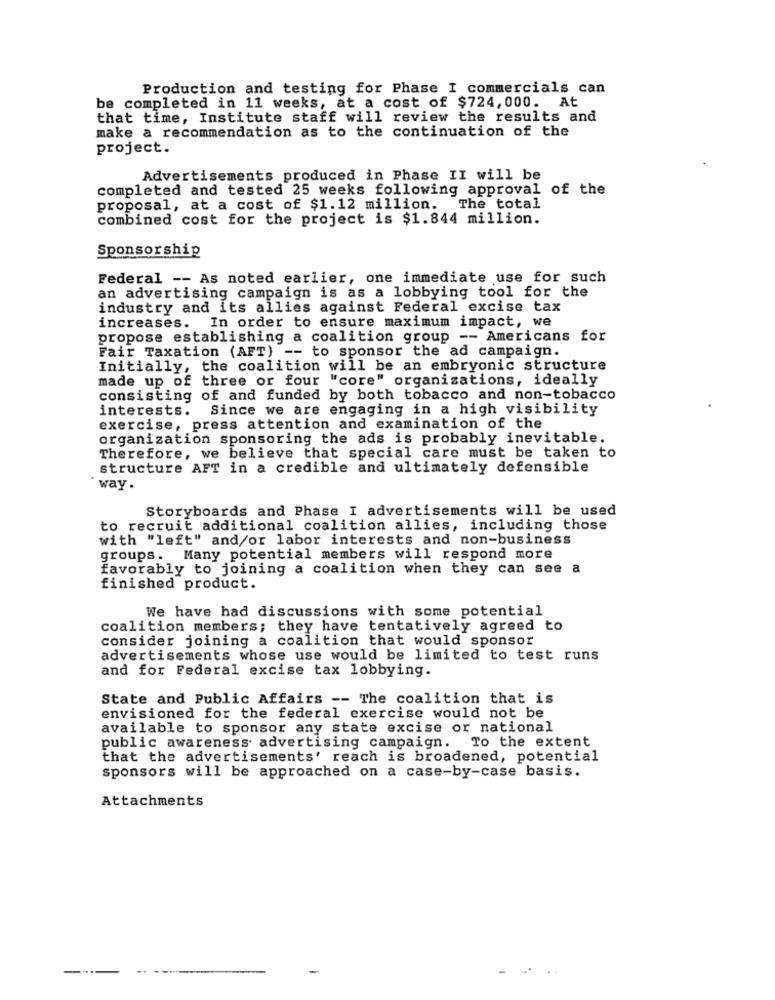
Production and testing for Phase I commercials can
be completed in 11 weeks, at a cost of $724,000. At
that time, Institute staff will review the results and
make a recommendation as to the continuation of the
project.
Advertisements produced in Phase II will be
completed and tested 25 weeks following approval of the
proposal, at a cost of $1.12 million. The total
combined cost for the project is $1.844 million.
Sponsorship
Federal -- As noted earlier, one immediate use for such
an advertising campaign is as a lobbying tool for the
industry and its allies against Federal excise tax
increases. In order to ensure maximum impact, we
propose establishing a coalition group -- Americans for
Fair Taxation (AFT) -- to sponsor the ad campaign.
Initially, the coalition will be an embryonic structure
made up of three or four "core" organizations, ideally
consisting of and funded by both tobacco and non-tobacco
interests.
Since we are engaging in a high visibility
exercise, press attention and examination of the
organization sponsoring the ads is probably inevitable.
Therefore, we believe that special care must be taken to
structure AFT in a credible and ultimately defensible
* way.
Storyboards and Phase I advertisements will be used
to recruit additional coalition allies, including those
with "left" and/or labor interests and non-business
groups. Many potential members will respond more
favorably to joining a coalition when they can see a
finished product.
We have had discussions with some potential
coalition members; they have tentatively agreed to
consider joining a coalition that would sponsor
advertisements whose use would be limited to test runs
and for Federal excise tax lobbying.
State and Public Affairs -- The coalition that is
envisioned for the federal exercise would not be
available to sponsor any state excise or national
public awareness advertising campaign. To the extent
that the advertisements' reach is broadened, potential
sponsors will be approached on a case-by-case basis.
Attachments
..